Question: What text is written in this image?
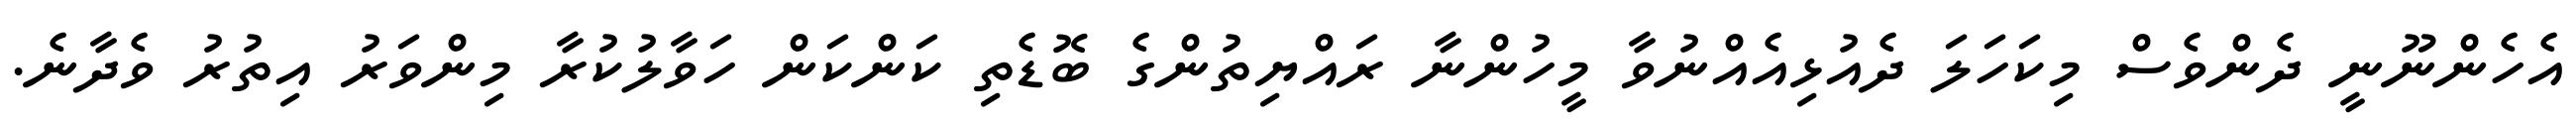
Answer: އެހެންނޫނީ ދެންވެސް މިކަހަލަ ދެއުޅިއެއްނުވާ މީހުންނާ ރައްޔިތުންގެ ބޮޑެތި ކަންކަން ހަވާލުކުރާ މިންވަރު އިތުރު ވެދާނެ.